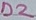
Text: D2